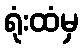
ရုံးထံမှ